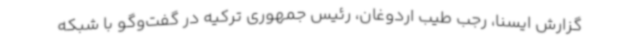
گزارش ایسنا، رجب طیب اردوغان،‌ رئیس‌ جمهوری ترکیه در گفت‌وگو با شبکه